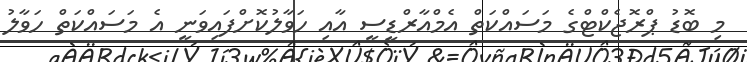
މި ބޮޑު ޕްރޮޖެކްޓްގެ މަސައްކަތް އެމްއާރްޑީސީ އާއި ހަވާލުކޮށްފައިވަނީ އެ މަސައްކަތް ހަވާލު